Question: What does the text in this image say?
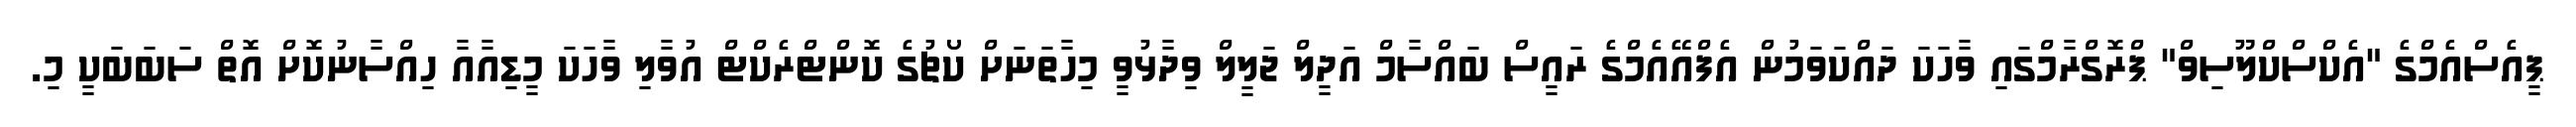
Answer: ޕީއެސްއެމްގެ "އެކްސްކްލޫސިވް" ޕްރޮގްރާމްގައި ވާހަކަ ދައްކަވަމުން އެފްއޭއެމްގެ ރައީސް ބައްސާމް އަދީލް ޖަލީލް ވިދާޅުވީ މިހާތަނަށް ކޯޗުގެ ކޮންޓްރެކްޓް އުވާލި ވާހަކަ މީޑިއާއާ ހިއްސާނުކޮށް އޮތް ސަބަބަކީ މި.